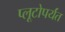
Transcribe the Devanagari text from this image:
प्लूटोपर्यंत